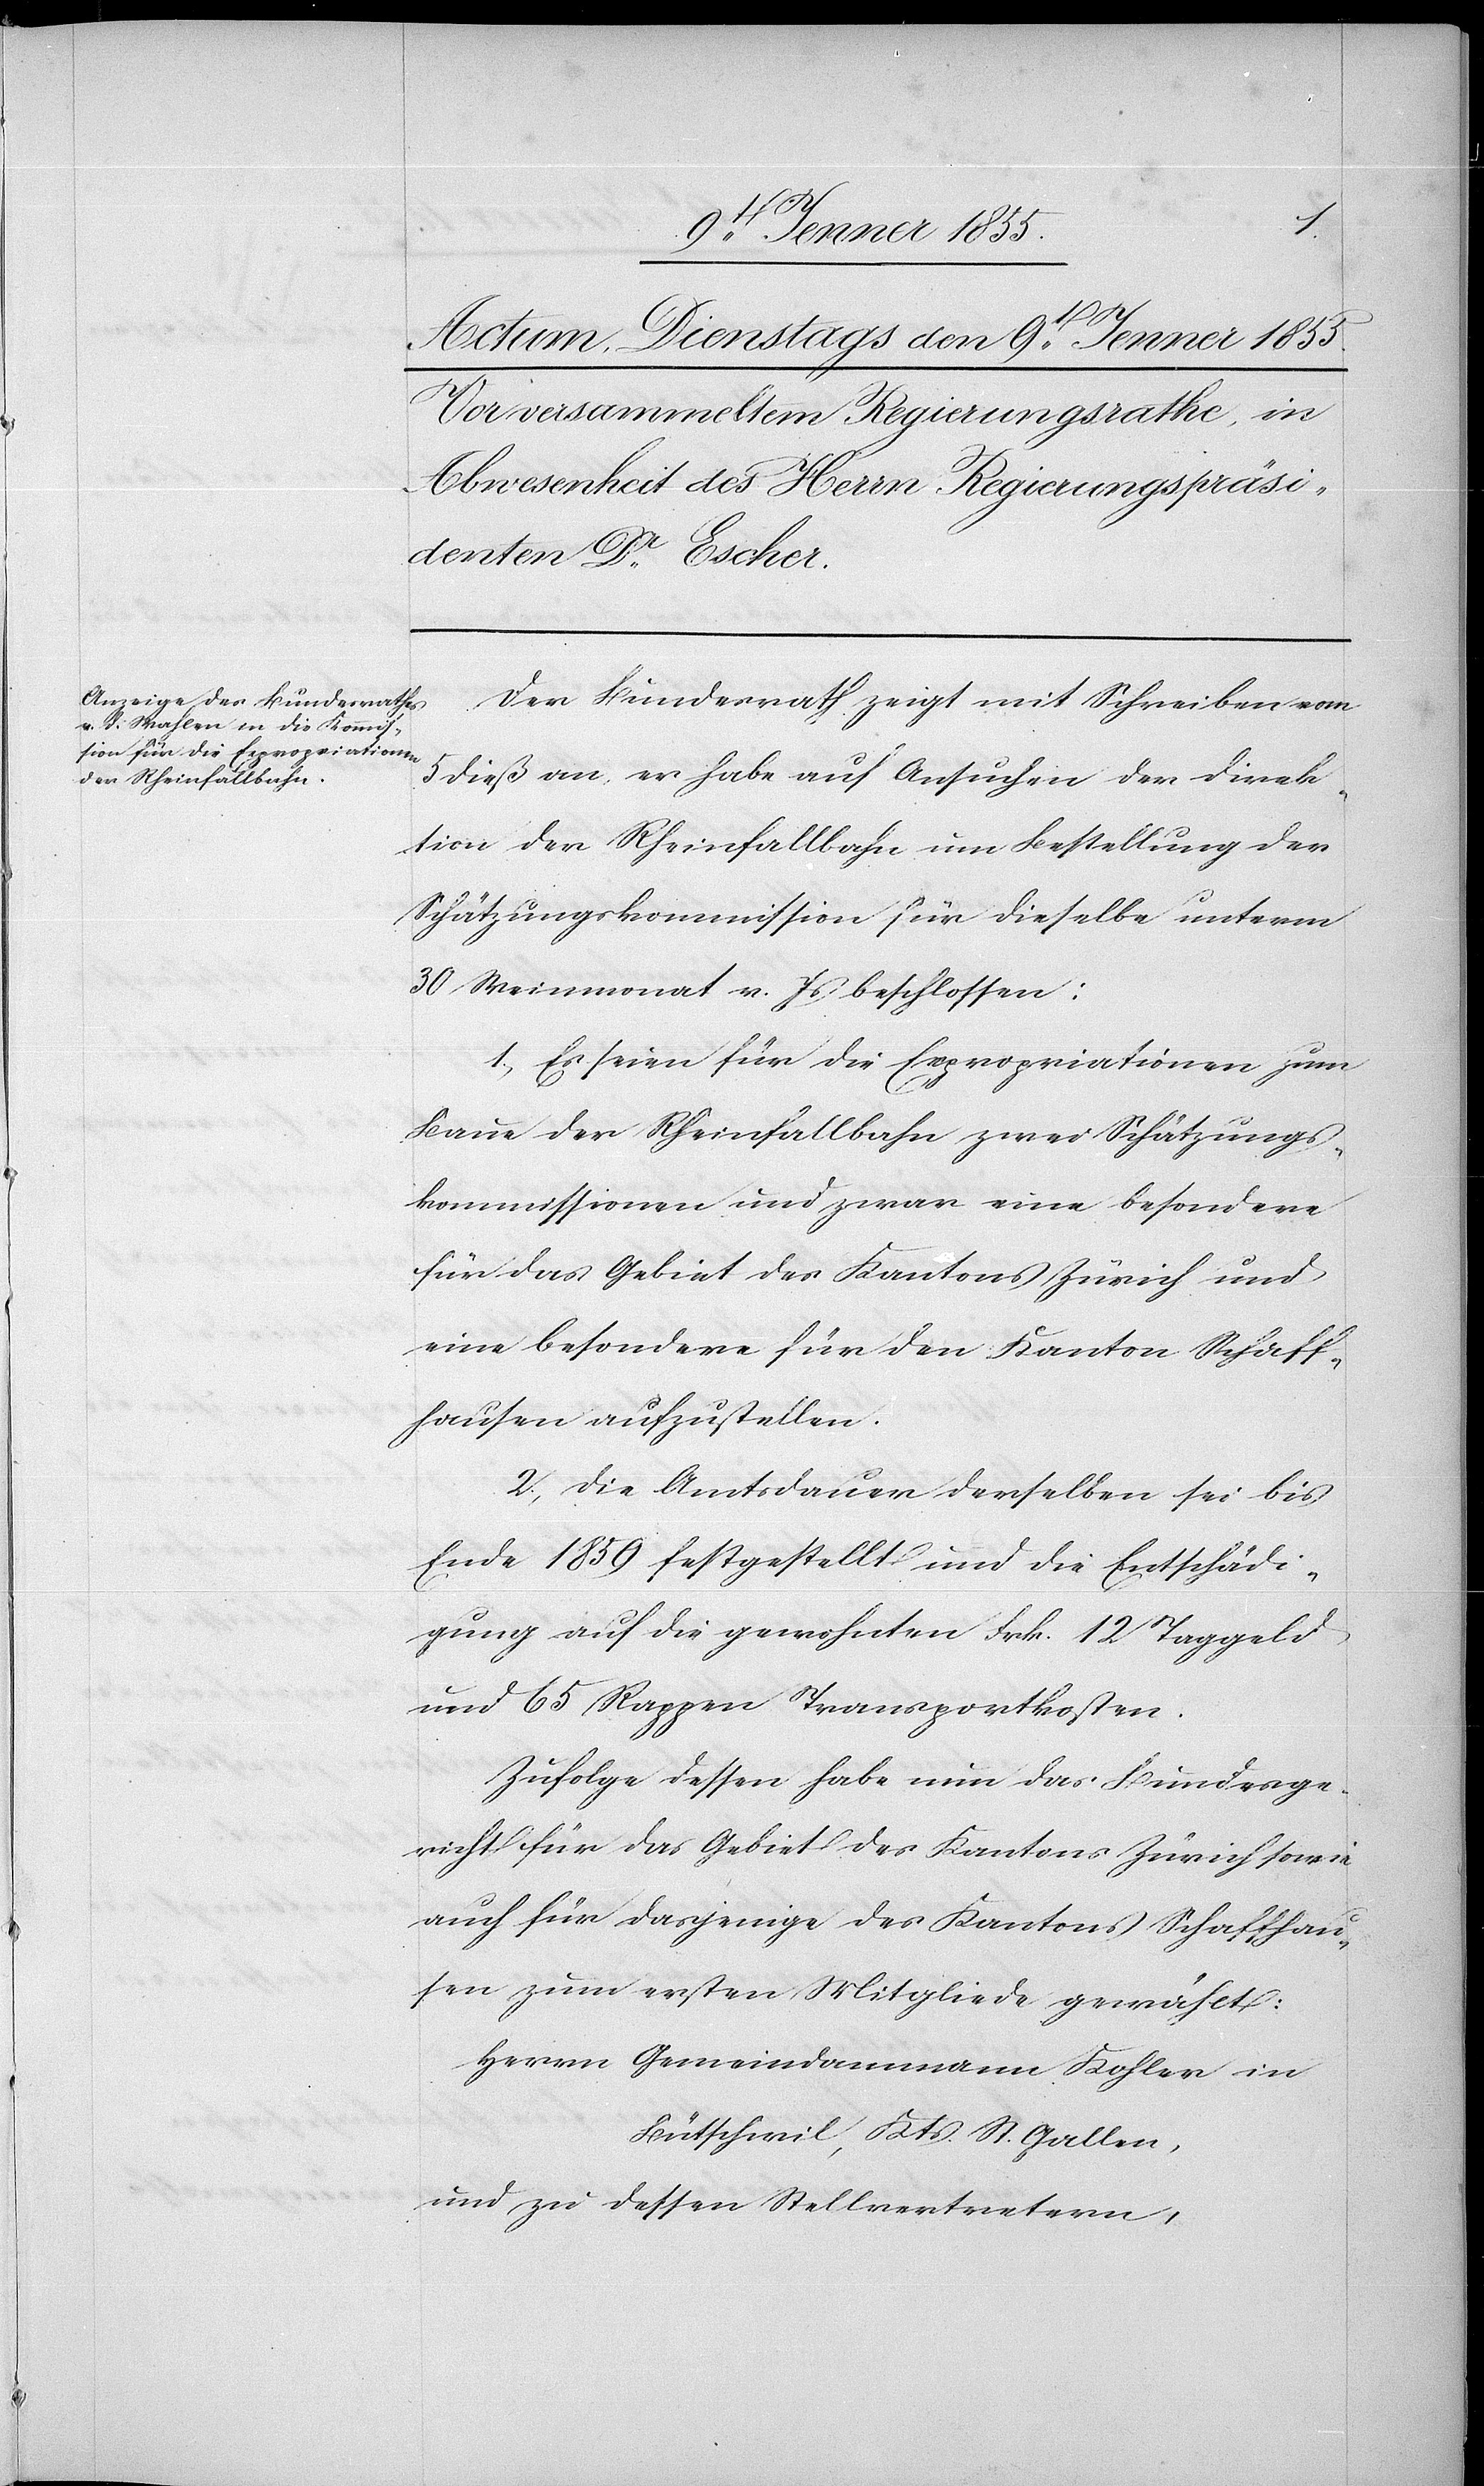
Der Bundesrath zeigt mit Schreiben vom
5 dieß an, er habe auf Ansuchen der Direk¬
tion der Rheinfallbahn um Bestellung der
Schätzungskommission für dieselbe unterm
30 Weinmonat v. Js beschlossen:
1, Es seien für die Expropriationen zum
Baue der Rheinfallbahn zwei Schätzungs¬
kommissionen und zwar eine besondere
für das Gebiet des Kantons Zürich und
eine besondere für den Kanton Schaff¬
hausen aufzustellen.
2, Die Amtsdauer derselben sei bis
Ende 1859 festgestellt und die Entschädi¬
gung auf die gewohnten Frk. 12 Taggeld
und 65 Rappen Transportkosten.
Zufolge dessen habe nun das Bundesge¬
richt für das Gebiet des Kantons Zürich sowie
auch für dasjenige des Kantons Schaffhau¬
sen zum ersten Mitgliede gewählt:
Herrn Gemeindammann Kohler in
Bütschwil, Kts. St. Gallen,
und zu dessen Stellvertretern,